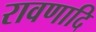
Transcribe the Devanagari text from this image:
रावणादि